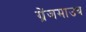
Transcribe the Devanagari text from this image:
ग्रेंजमाउथ